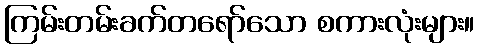
ကြမ်းတမ်းခက်တရော်သော စကားလုံးများ။